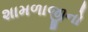
શામળાજીનો